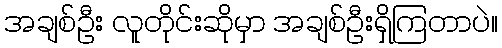
အချစ်ဦး လူတိုင်းဆိုမှာ အချစ်ဦးရှိကြတာပဲ။